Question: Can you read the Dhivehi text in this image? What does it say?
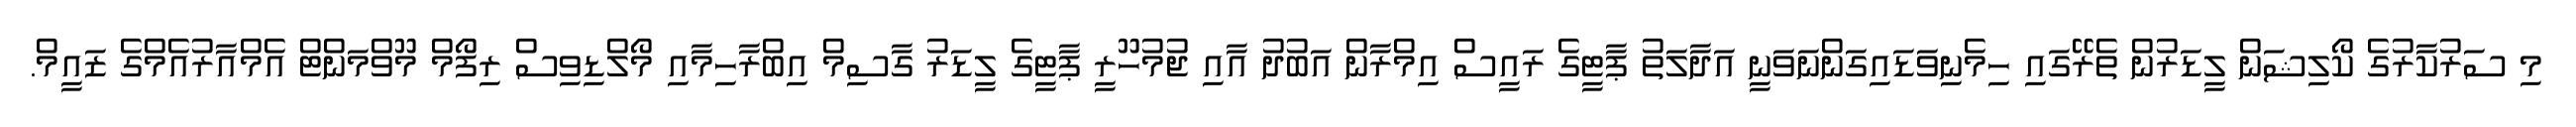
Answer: މި ސަރުކާރުގެ ކޯލިޝަން ލީޑަރުން ތެރޭގައި ހިމެނިވަޑައިގަންނަވަނީ އަދާލަތު ޕާޓީގެ ރައީސް އިމްރާން އަބުދު އާއި ޖުމުހޫރީ ޕާޓީގެ ލީޑަރު ގާސިމް އިބްރާހިމާއި މޯލްޑިވިސް ރިފޯމް މޫވްމަންޓް އެމްއާރުއެމްގެ ޒައީމް.